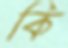
কি